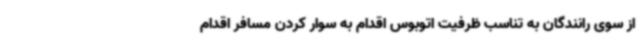
از سوی رانندگان به تناسب ظرفیت اتوبوس اقدام به سوار کردن مسافر اقدام